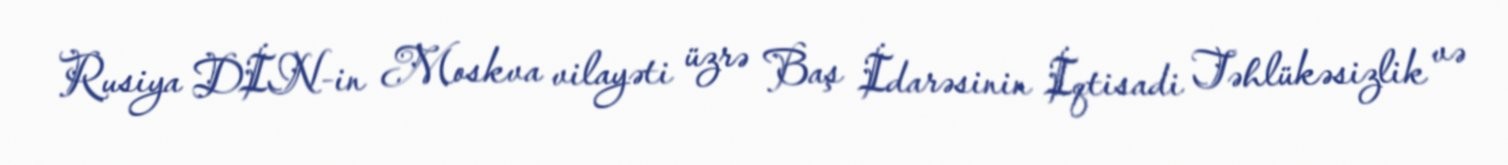
Rusiya DİN-in Moskva vilayəti üzrə Baş İdarəsinin İqtisadi Təhlükəsizlik və